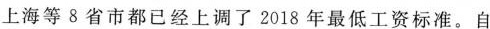
上海等8省市都已经上调了2018年最低工资标准。自